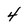
Character: 4